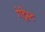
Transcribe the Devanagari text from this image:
गेट्रेस्ट